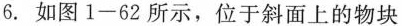
6.如图1-62所示，位于斜面上的物块